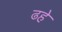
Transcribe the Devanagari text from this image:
ढहे